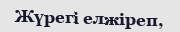
Жүрегi елжiреп,